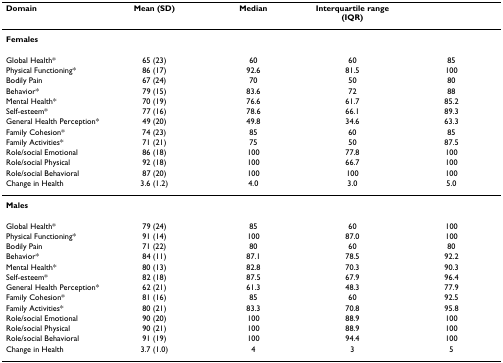
<table><thead><tr><td><b>Domain</b></td><td><b>Mean (SD)</b></td><td><b>Median</b></td><td><b>Interquartile range (IQR)</b></td><td></td></tr></thead><tbody><tr><td><b>Females</b></td><td></td><td></td><td></td><td></td></tr><tr><td>Global Health*</td><td>65 (23)</td><td>60</td><td>60</td><td>85</td></tr><tr><td>Physical Functioning*</td><td>86 (17)</td><td>92.6</td><td>81.5</td><td>100</td></tr><tr><td>Bodily Pain</td><td>67 (24)</td><td>70</td><td>50</td><td>80</td></tr><tr><td>Behavior*</td><td>79 (15)</td><td>83.6</td><td>72</td><td>88</td></tr><tr><td>Mental Health*</td><td>70 (19)</td><td>76.6</td><td>61.7</td><td>85.2</td></tr><tr><td>Self-esteem*</td><td>77 (16)</td><td>78.6</td><td>66.1</td><td>89.3</td></tr><tr><td>General Health Perception*</td><td>49 (20)</td><td>49.8</td><td>34.6</td><td>63.3</td></tr><tr><td>Family Cohesion*</td><td>74 (23)</td><td>85</td><td>60</td><td>85</td></tr><tr><td>Family Activities*</td><td>71 (21)</td><td>75</td><td>50</td><td>87.5</td></tr><tr><td>Role/social Emotional</td><td>86 (18)</td><td>100</td><td>77.8</td><td>100</td></tr><tr><td>Role/social Physical</td><td>92 (18)</td><td>100</td><td>66.7</td><td>100</td></tr><tr><td>Role/social Behavioral</td><td>87 (20)</td><td>100</td><td>100</td><td>100</td></tr><tr><td>Change in Health</td><td>3.6 (1.2)</td><td>4.0</td><td>3.0</td><td>5.0</td></tr><tr><td><b>Males</b></td><td></td><td></td><td></td><td></td></tr><tr><td>Global Health*</td><td>79 (24)</td><td>85</td><td>60</td><td>100</td></tr><tr><td>Physical Functioning*</td><td>91 (14)</td><td>100</td><td>87.0</td><td>100</td></tr><tr><td>Bodily Pain</td><td>71 (22)</td><td>80</td><td>60</td><td>80</td></tr><tr><td>Behavior*</td><td>84 (11)</td><td>87.1</td><td>78.5</td><td>92.2</td></tr><tr><td>Mental Health*</td><td>80 (13)</td><td>82.8</td><td>70.3</td><td>90.3</td></tr><tr><td>Self-esteem*</td><td>82 (18)</td><td>87.5</td><td>67.9</td><td>96.4</td></tr><tr><td>General Health Perception*</td><td>62 (21)</td><td>61.3</td><td>48.3</td><td>77.9</td></tr><tr><td>Family Cohesion*</td><td>81 (16)</td><td>85</td><td>60</td><td>92.5</td></tr><tr><td>Family Activities*</td><td>80 (21)</td><td>83.3</td><td>70.8</td><td>95.8</td></tr><tr><td>Role/social Emotional</td><td>90 (20)</td><td>100</td><td>88.9</td><td>100</td></tr><tr><td>Role/social Physical</td><td>90 (21)</td><td>100</td><td>88.9</td><td>100</td></tr><tr><td>Role/social Behavioral</td><td>91 (19)</td><td>100</td><td>94.4</td><td>100</td></tr><tr><td>Change in Health</td><td>3.7 (1.0)</td><td>4</td><td>3</td><td>5</td></tr></tbody></table>